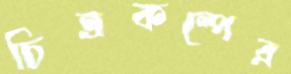
চিত্রকল্পের